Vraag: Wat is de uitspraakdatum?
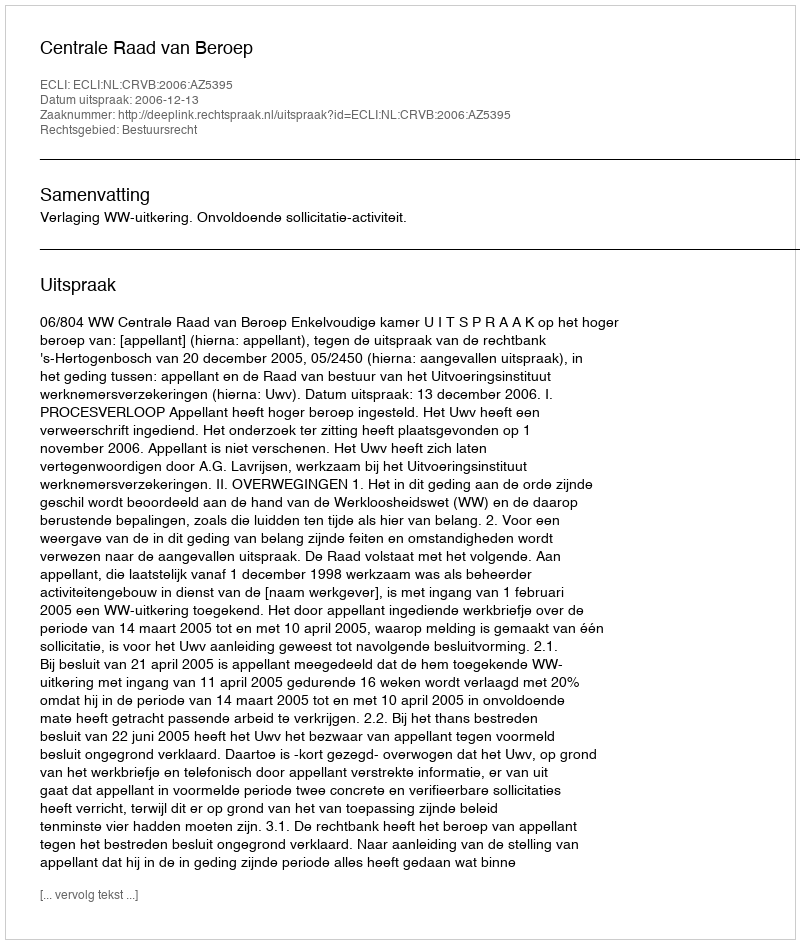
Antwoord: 2006-12-13